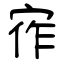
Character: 宱